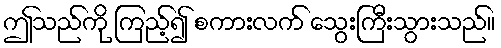
ဤသည်ကို ကြည့်၍ စကားလက် သွေးကြီးသွားသည်။